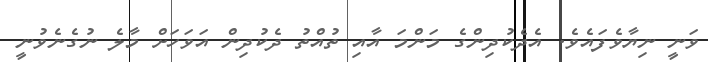
ވަނީ ނިޔާވެފައެވެ. އެދެކުދިންގެ މަންމަ އާއި ތުއްތު ދެކުދިން އަވަހަށް މާލެ ނުގެނެވުނީ